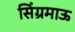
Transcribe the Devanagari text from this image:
सिंग्रमाऊ